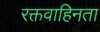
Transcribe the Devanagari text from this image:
रक्तवाहिनता